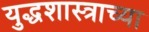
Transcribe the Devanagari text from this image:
युद्धशास्त्राच्या